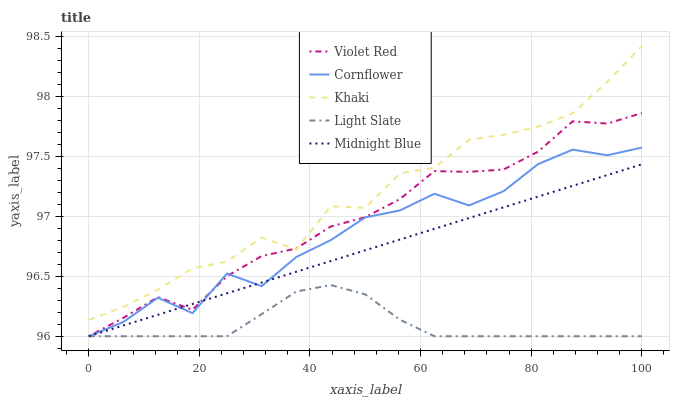
| xaxis_label | Violet Red | Cornflower | Khaki | Light Slate | Midnight Blue |
 | --- | --- | --- | --- | --- | --- |
 | 0 | 96 | 96 | 96.1 | 96 | 96 |
 | 6.25 | 96.2 | 96.1 | 96.2 | 96 | 96.1 |
 | 12.5 | 96.3 | 96.3 | 96.4 | 96 | 96.2 |
 | 18.8 | 96.2 | 96.2 | 96.6 | 96 | 96.3 |
 | 25 | 96.5 | 96.5 | 96.6 | 96 | 96.4 |
 | 31.2 | 96.7 | 96.4 | 96.8 | 96.2 | 96.4 |
 | 37.5 | 96.7 | 96.7 | 96.7 | 96.4 | 96.5 |
 | 43.8 | 96.9 | 96.8 | 97.1 | 96.4 | 96.6 |
 | 50 | 97 | 97 | 97.1 | 96.3 | 96.7 |
 | 56.2 | 97.1 | 97 | 97.4 | 96.1 | 96.8 |
 | 62.5 | 97.4 | 97.2 | 97.4 | 96 | 96.9 |
 | 68.8 | 97.4 | 97.1 | 97.6 | 96 | 97 |
 | 75 | 97.4 | 97.2 | 97.7 | 96 | 97.1 |
 | 81.2 | 97.5 | 97.4 | 97.7 | 96 | 97.2 |
 | 87.5 | 97.8 | 97.6 | 97.9 | 96 | 97.3 |
 | 93.8 | 97.8 | 97.5 | 98.1 | 96 | 97.3 |
 | 100 | 97.9 | 97.6 | 98.4 | 96 | 97.4 |